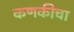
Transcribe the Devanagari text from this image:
कणकीचा